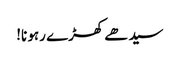
سیدھے کھڑے رہو نا!